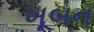
ખૂબન